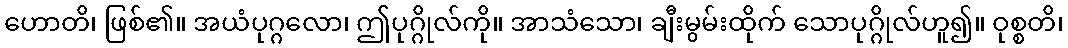
ဟောတိ၊ ဖြစ်၏။ အယံပုဂ္ဂလော၊ ဤပုဂ္ဂိုလ်ကို။ အာသံသော၊ ချီးမွမ်းထိုက် သောပုဂ္ဂိုလ်ဟူ၍။ ဝုစ္စတိ၊